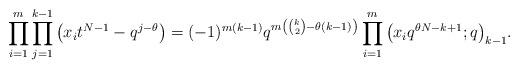
LaTeX: \begin{align*}\prod_{i=1}^m\prod_{j=1}^{k - 1}{\big(x_it^{N-1} - q^{j - \theta}\big)} = (-1)^{m(k - 1)}q^{m\left( {k\choose 2} - \theta(k - 1)\right)}\prod_{i=1}^m{\big(x_iq^{\theta N - k+1}; q\big)_{k-1}}.\end{align*}